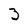
Character: 3